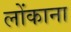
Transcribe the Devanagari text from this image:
लोंकाना